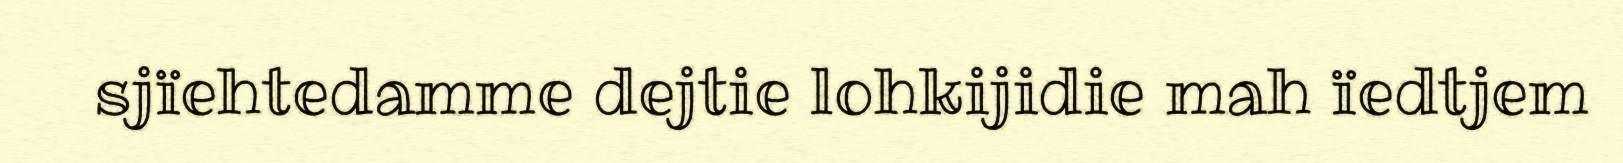
sjïehtedamme dejtie lohkijidie mah ïedtjem